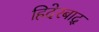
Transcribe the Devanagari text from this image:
हिदेरबाद्